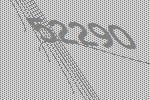
52290